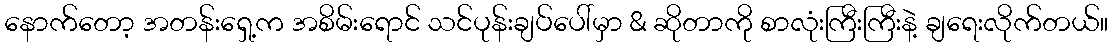
နောက်တော့ အတန်းရှေ့က အစိမ်းရောင် သင်ပုန်းချပ်ပေါ်မှာ & ဆိုတာကို စာလုံးကြီးကြီးနဲ့ ချရေးလိုက်တယ်။